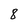
Character: 8